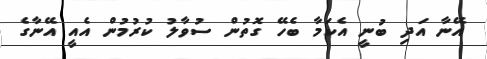
އޭނާ އަދި ބުނީ އެކަމާ ބެހޭ ގޮތުން ސުވާލު ކުރުމުން އެއީ އޭނާގެ